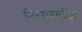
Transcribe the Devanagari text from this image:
निम्नावमंदित